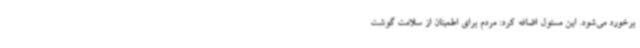
برخورد می‌شود. این مسئول اضافه کرد: مردم برای اطمینان از سلامت گوشت